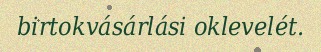
birtokvásárlási oklevelét.